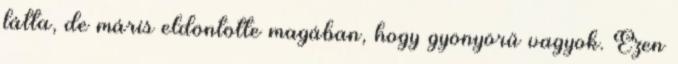
látta, de máris eldöntötte magában, hogy gyönyörű vagyok. Ezen